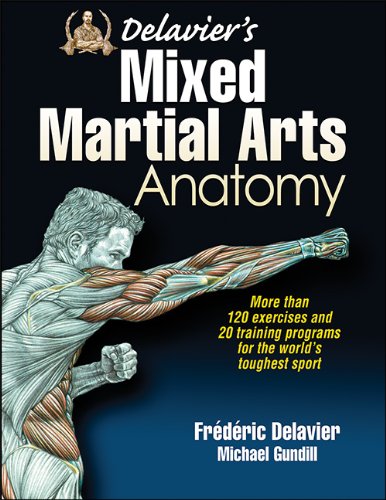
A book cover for Delavier's Mixed Martial Arts Anatomy; Frederic Delavier; Health, Fitness & Dieting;